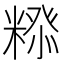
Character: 𮇲